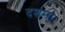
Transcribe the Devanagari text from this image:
दशमाः